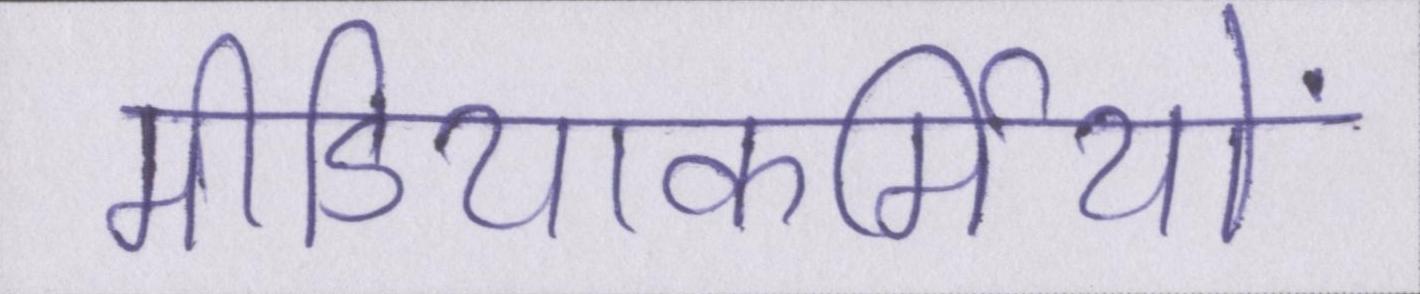
मीडियाकर्मियों